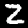
Label: 2